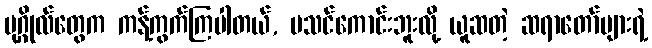
ပုဂ္ဂိုလ်တွေက ကန့်ကွက်ကြပါတယ်, မသင်ကောင်းဘူးလို့ ယူဆတဲ့ ဆရာတော်များရဲ့